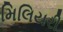
મિલિયરી